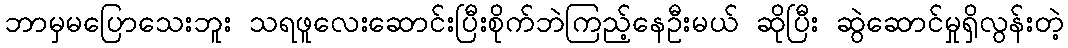
ဘာမှမပြောသေးဘူး သရဖူလေးဆောင်းပြီးစိုက်ဘဲကြည့်နေဦးမယ် ဆိုပြီး ဆွဲဆောင်မှုရှိလွန်းတဲ့